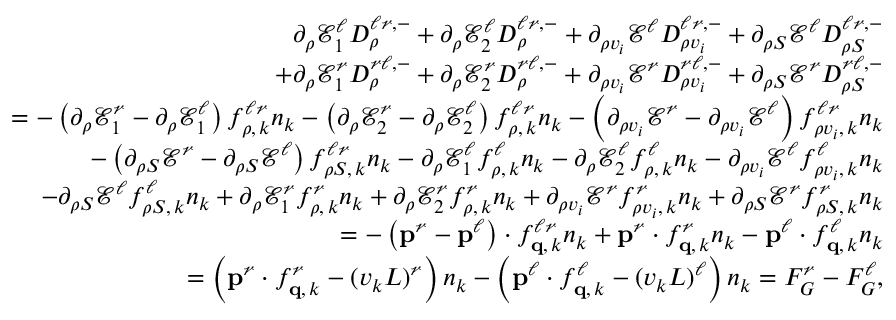
\begin{array} { r } { \partial _ { \rho } \mathcal { E } _ { 1 } ^ { \ell } D _ { \rho } ^ { \ell \mathcal { r } , - } + \partial _ { \rho } \mathcal { E } _ { 2 } ^ { \ell } D _ { \rho } ^ { \ell \mathcal { r } , - } + \partial _ { \rho v _ { i } } \mathcal { E } ^ { \ell } D _ { \rho v _ { i } } ^ { \ell \mathcal { r } , - } + \partial _ { \rho S } \mathcal { E } ^ { \ell } D _ { \rho S } ^ { \ell \mathcal { r } , - } } \\ { + \partial _ { \rho } \mathcal { E } _ { 1 } ^ { \mathcal { r } } D _ { \rho } ^ { \mathcal { r } \ell , - } + \partial _ { \rho } \mathcal { E } _ { 2 } ^ { \mathcal { r } } D _ { \rho } ^ { \mathcal { r } \ell , - } + \partial _ { \rho v _ { i } } \mathcal { E } ^ { \mathcal { r } } D _ { \rho v _ { i } } ^ { \mathcal { r } \ell , - } + \partial _ { \rho S } \mathcal { E } ^ { \mathcal { r } } D _ { \rho S } ^ { \mathcal { r } \ell , - } } \\ { = - \left( \partial _ { \rho } \mathcal { E } _ { 1 } ^ { \mathcal { r } } - \partial _ { \rho } \mathcal { E } _ { 1 } ^ { \ell } \right) f _ { \rho , \, k } ^ { \ell \mathcal { r } } n _ { k } - \left( \partial _ { \rho } \mathcal { E } _ { 2 } ^ { \mathcal { r } } - \partial _ { \rho } \mathcal { E } _ { 2 } ^ { \ell } \right) f _ { \rho , \, k } ^ { \ell \mathcal { r } } n _ { k } - \left( \partial _ { \rho v _ { i } } \mathcal { E } ^ { \mathcal { r } } - \partial _ { \rho v _ { i } } \mathcal { E } ^ { \ell } \right) f _ { \rho v _ { i } , \, k } ^ { \ell \mathcal { r } } n _ { k } } \\ { - \left( \partial _ { \rho S } \mathcal { E } ^ { \mathcal { r } } - \partial _ { \rho S } \mathcal { E } ^ { \ell } \right) f _ { \rho S , \, k } ^ { \ell \mathcal { r } } n _ { k } - \partial _ { \rho } \mathcal { E } _ { 1 } ^ { \ell } f _ { \rho , \, k } ^ { \ell } n _ { k } - \partial _ { \rho } \mathcal { E } _ { 2 } ^ { \ell } f _ { \rho , \, k } ^ { \ell } n _ { k } - \partial _ { \rho v _ { i } } \mathcal { E } ^ { \ell } f _ { \rho v _ { i } , \, k } ^ { \ell } n _ { k } } \\ { - \partial _ { \rho S } \mathcal { E } ^ { \ell } f _ { \rho S , \, k } ^ { \ell } n _ { k } + \partial _ { \rho } \mathcal { E } _ { 1 } ^ { \mathcal { r } } f _ { \rho , \, k } ^ { \mathcal { r } } n _ { k } + \partial _ { \rho } \mathcal { E } _ { 2 } ^ { \mathcal { r } } f _ { \rho , \, k } ^ { \mathcal { r } } n _ { k } + \partial _ { \rho v _ { i } } \mathcal { E } ^ { \mathcal { r } } f _ { \rho v _ { i } , \, k } ^ { \mathcal { r } } n _ { k } + \partial _ { \rho S } \mathcal { E } ^ { \mathcal { r } } f _ { \rho S , \, k } ^ { \mathcal { r } } n _ { k } } \\ { = - \left( \mathbf { p } ^ { \mathcal { r } } - \mathbf { p } ^ { \ell } \right) \cdot f _ { \mathbf { q } , \, k } ^ { \ell \mathcal { r } } n _ { k } + \mathbf { p } ^ { \mathcal { r } } \cdot f _ { \mathbf { q } , \, k } ^ { \mathcal { r } } n _ { k } - \mathbf { p } ^ { \ell } \cdot f _ { \mathbf { q } , \, k } ^ { \ell } n _ { k } } \\ { = \left( \mathbf { p } ^ { \mathcal { r } } \cdot f _ { \mathbf { q } , \, k } ^ { \mathcal { r } } - ( v _ { k } L ) ^ { \mathcal { r } } \right) n _ { k } - \left( \mathbf { p } ^ { \ell } \cdot f _ { \mathbf { q } , \, k } ^ { \ell } - ( v _ { k } L ) ^ { \ell } \right) n _ { k } = F _ { G } ^ { \mathcal { r } } - F _ { G } ^ { \ell } , } \end{array}